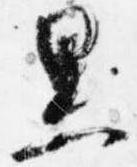
黒